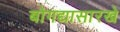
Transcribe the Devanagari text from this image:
बोगद्यासारखे